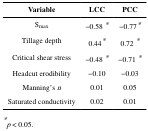
<table><thead><tr><td><b>Variable</b></td><td><b>LCC</b></td><td><b>PCC</b></td></tr></thead><tbody><tr><td>S<sub>max</sub></td><td>−0.58 *</td><td>−0.77*</td></tr><tr><td>Tillage depth</td><td>0.44*</td><td>0.72 *</td></tr><tr><td>Critical shear stress</td><td>−0.48 *</td><td>−0.71 *</td></tr><tr><td>Headcut erodibility</td><td>−0.10</td><td>−0.03</td></tr><tr><td>Manning’s <i>n</i></td><td>0.01</td><td>0.05</td></tr><tr><td>Saturated conductivity</td><td>0.02</td><td>0.01</td></tr></tbody></table>